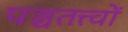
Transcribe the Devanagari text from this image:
पञ्चतत्त्वों